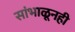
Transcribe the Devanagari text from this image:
सांभाळूनही